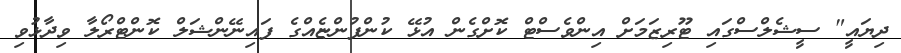
ދިޔައީ" ސީޝެލްސްގައި ޓޫރިޒަމަށް އިންވެސްޓް ކޮށްގެން އުޅޭ ކުންފުންޏެއްގެ ފައިނޭންޝަލް ކޮންޓްރޯލާ ވިދާޅުވި